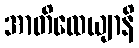
အာတိထေယျာနိ